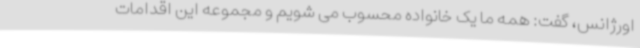
اورژانس، گفت: همه ما یک خانواده محسوب می شویم و مجموعه این اقدامات